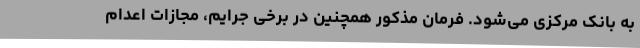
به بانک مرکزی می‌شود. فرمان مذکور همچنین در برخی جرایم، مجازات اعدام